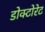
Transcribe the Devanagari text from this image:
डोक्टोरेट